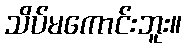
သိပ်မကောင်းဘူး။